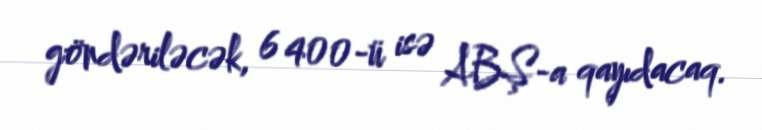
göndəriləcək, 6 400-ü isə ABŞ-a qayıdacaq.